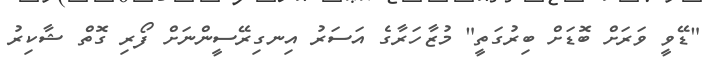
"ޑޭވީ ވަރަށް ބޮޑަށް ބިރުގަތީ" މުޒާހަރާގެ އަސަރު އިނގިރޭސީންނަށް ފޯރި ގޮތް ޝާކިރު